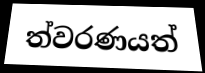
ත්වරණයත්